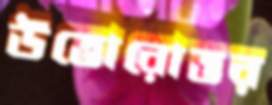
উত্তোরোত্তর